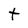
Character: t